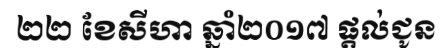
២២ ខែសីហា ឆ្នាំ២០១៧ ផ្តល់ជូន